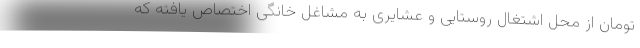
تومان از محل اشتغال روستایی و عشایری به مشاغل خانگی اختصاص یافته که